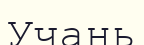
Учань